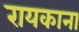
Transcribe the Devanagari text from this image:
रायकाना